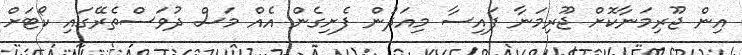
އިން ޖޫރިމަނާކޮށް ޖޫރިމަނާ ފައިސާ މިއަދުން ފެށިގެން އެއް މަސް ދުވަސްތެރޭގައި ކޯޓަށް